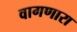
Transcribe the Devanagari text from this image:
वागणारा